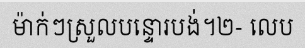
ម៉ាក់ៗស្រួលបន្ទោរបង់។២- លេប